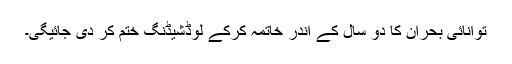
توانائی بحران کا دو سال کے اندر خاتمہ کرکے لوڈشیڈنگ ختم کر دی جائیگی۔